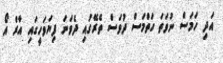
އަދި ހަމަސް ނުވަތަ ހަތްމަސް ދުވަސް ތެރޭގައި ދެވަނަ ފިޔަވަހީގައި އާރް އޯ